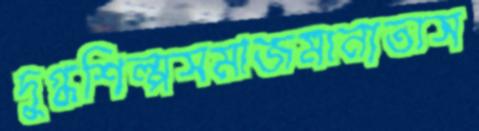
দুগ্ধশিল্পসমাজমান্যতাস